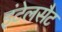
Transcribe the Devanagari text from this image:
इंटेलसैट